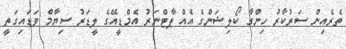
ތެރެއިން ސަރުކާރު ހިންގާ ކޯލިޝަންގެ އެއް ޕާޓްނަރު އެމްޑީއޭގެ ލީޑަރު ސިޔާމް ވަޑައިގަތީ